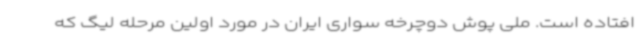
افتاده است. ملی پوش دوچرخه سواری ایران در مورد اولین مرحله لیگ که